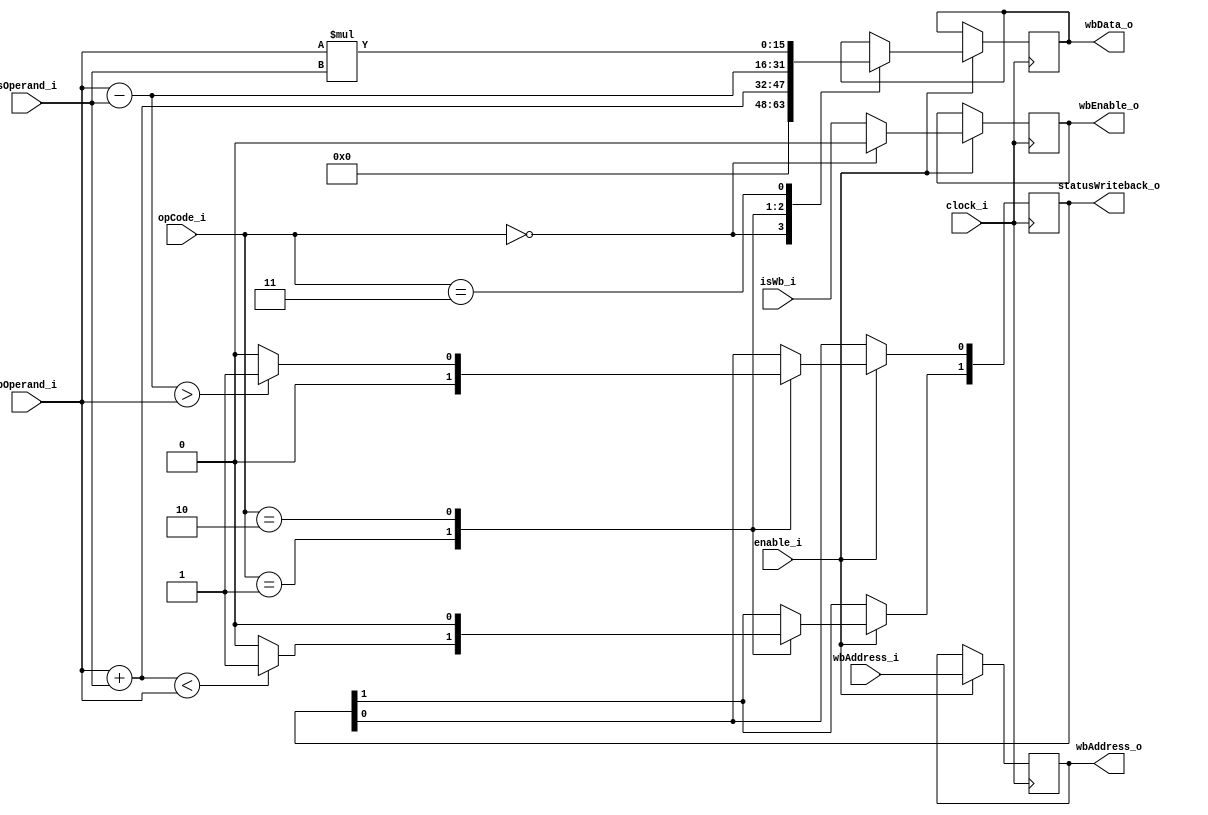
`timescale 1ns / 1ps
`default_nettype none

module ArithmaticUnit(
		input wire clock_i, isWb_i, enable_i,
		input wire [4:0] wbAddress_i,
		input wire [6:0] opCode_i,
		input wire [15:0] pOperand_i, sOperand_i,
		
		output reg wbEnable_o, 
		output reg [4:0] wbAddress_o,
		output reg [15:0] wbData_o,
		output reg [1:0] statusWriteback_o //[1] - overflow, [0] - underflow
    );
	 
	always @(posedge clock_i)
	begin
			
		if(enable_i)
		begin
			wbEnable_o <= isWb_i;
			wbAddress_o <= wbAddress_i; 
			case(opCode_i)
			0: begin wbEnable_o <= 0; wbData_o <= 0; end//nop
			1: begin wbData_o <= pOperand_i + sOperand_i; if ((pOperand_i + sOperand_i) < pOperand_i) begin statusWriteback_o[0] <= 0; statusWriteback_o[1] <= 1; end else begin statusWriteback_o[0] <= 0; statusWriteback_o[1] <= 0; end end//add
			2: begin wbData_o <= pOperand_i - sOperand_i; if ((pOperand_i - sOperand_i) > pOperand_i) begin statusWriteback_o[0] <= 1; statusWriteback_o[1] <= 0;end else begin statusWriteback_o[0] <= 0; statusWriteback_o[1] <= 0; end end//sub
			3: begin wbData_o <= pOperand_i * sOperand_i; end//mul
			endcase
		end
	end
endmodule